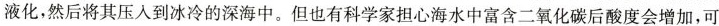
液化，然后将其压入到冰冷的深海中。但也有科学家担心海水中富含二氧化碳后酸度会增加，可